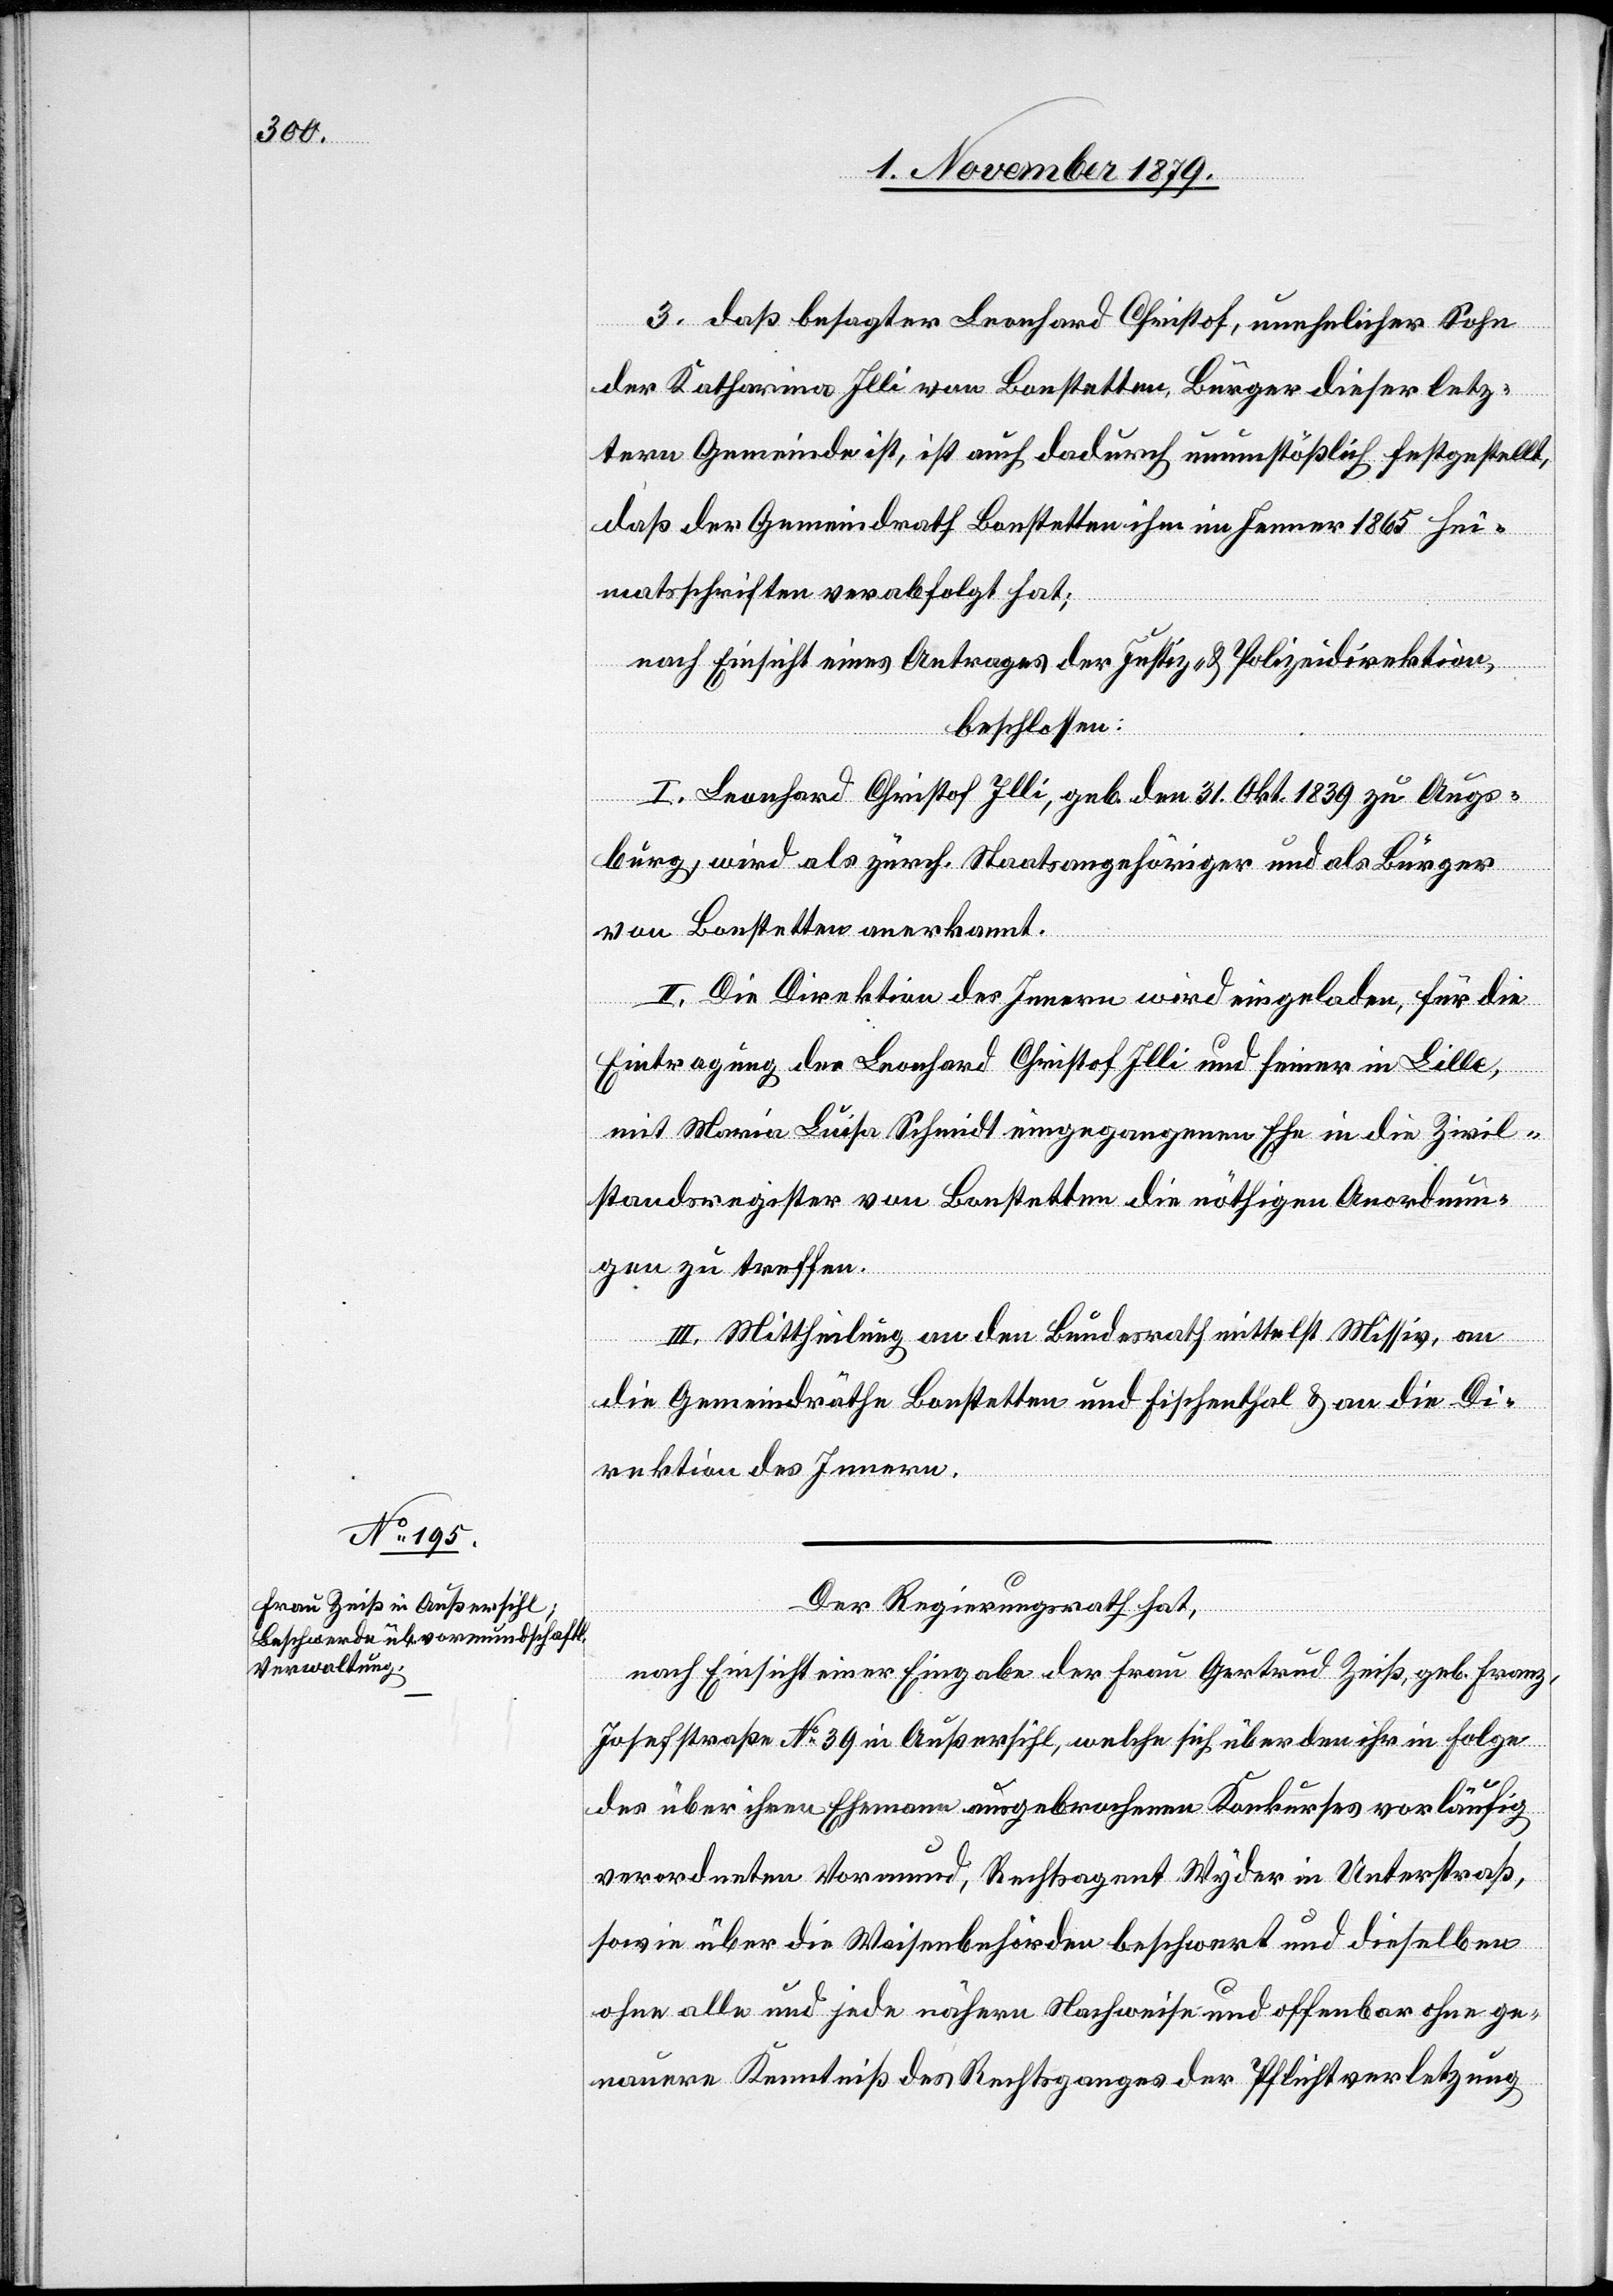
3. Daß besagter Leonhard Christof unehelicher Sohn
der Katharina Illi von Bonstetten, Bürger dieser letz¬
tern Gemeinde ist, ist auch dadurch unumstößlich festgestellt,
daß der Gemeindrath Bonstetten ihm im Jenner 1865 Hei¬
matschriften verabfolgt hat;
nach Einsicht eines Antrages der Justiz- & Polizeidirektion,
beschlossen:
I. Leonhard Christof Illi, geb. den 31. Okt. 1839 zu Augs¬
burg, wird als zürch. Staatsangehöriger und als Bürger
von Bonstetten anerkannt.
II. Die Direktion des Innern wird eingeladen, für die
Eintragung des Leonhard Christof Illi und seiner in Lille,
mit Marie Luise Schmidt eingegangenen Ehe in die Zivil¬
standsregister von Bonstetten die nöthigen Anordnun¬
gen zu treffen.
III. Mittheilung an den Bundesrath mittelst Missiv, an
die Gemeindräthe Bonstetten und Fischenthal & an die Di¬
rektion des Innern.
Der Regierungsrath hat,
nach Einsicht einer Eingabe der Frau Gertrud Zeiß, geb. Franz,
Josefstraße No 39 in Außersihl, welche sich über den ihr in Folge
des über ihren Ehemann ausgebrochenen Konkurses vorläufig
verordneten Vormund, Rechtsagent Wyder in Unterstraß,
sowie über die Waisenbehörden beschwert und dieselben
ohne alle und jede nähern Nachweise und offenbar ohne ge¬
nauere Kenntniß des Rechtsganges der Pflichtverletzung